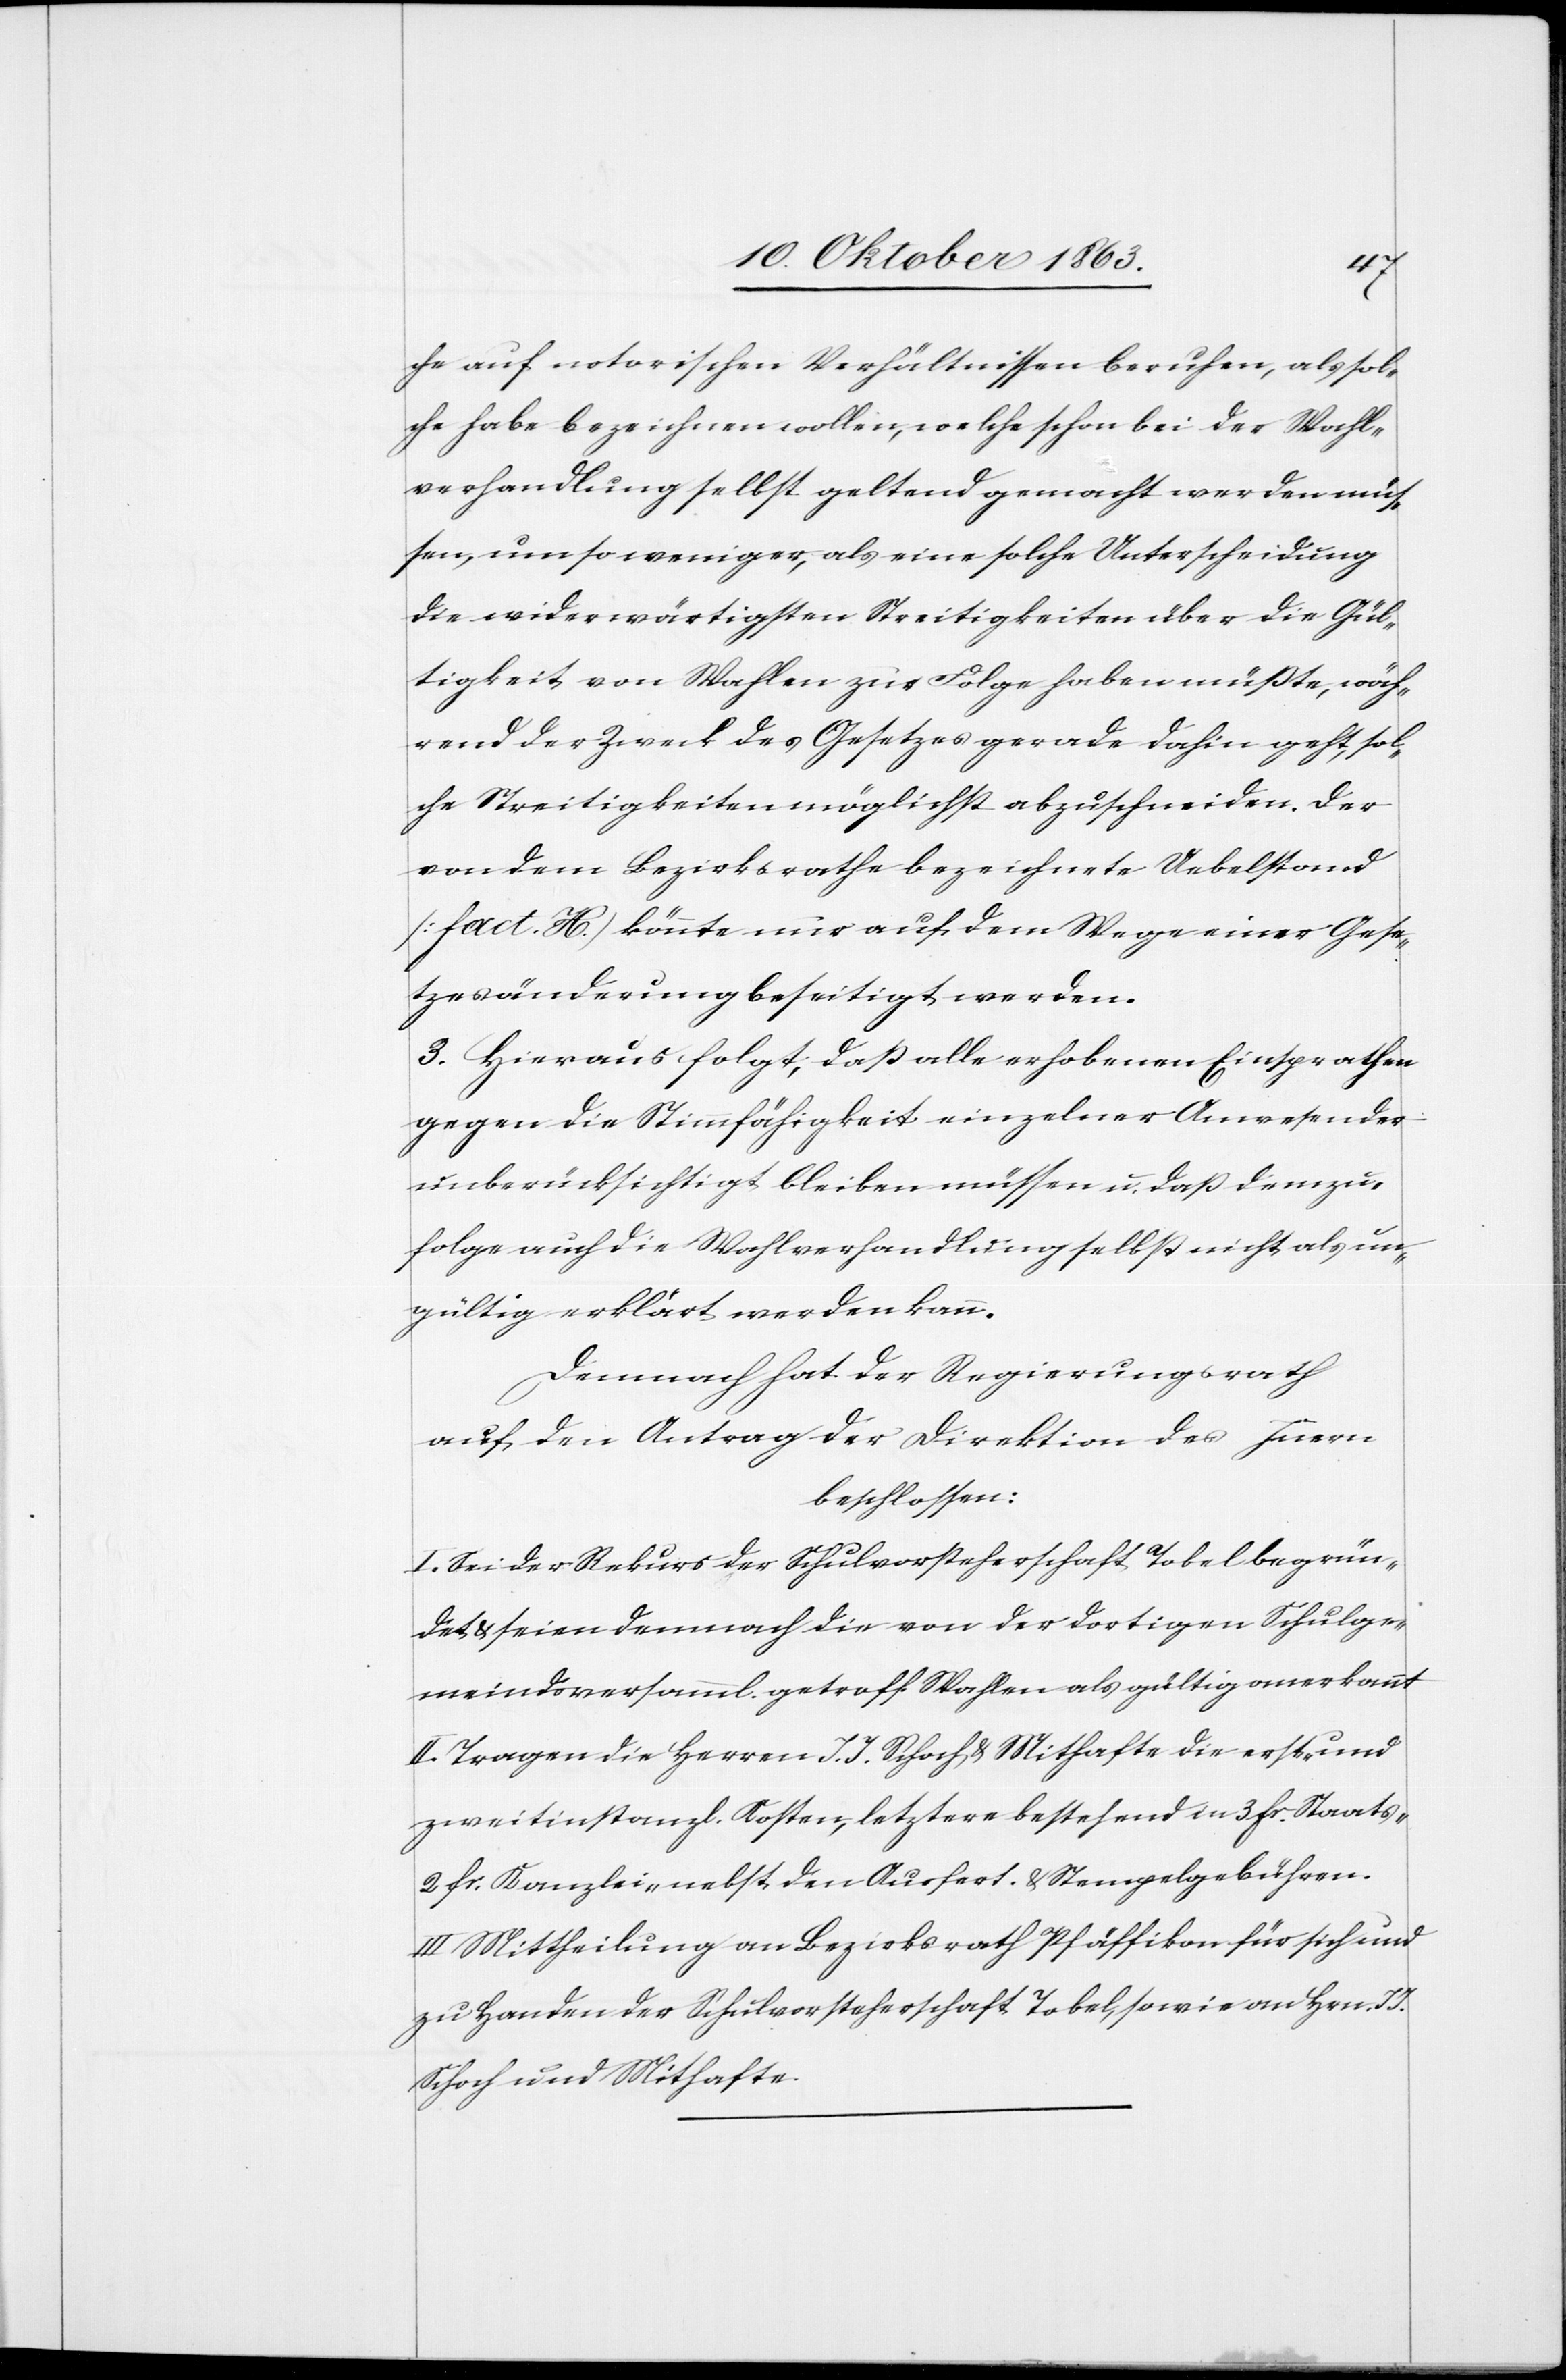
che auf notorischen Verhältnissen beruhen, als sol¬
che habe bezeichnen wollen, welche schon bei der Wahl¬
verhandlung selbst geltend gemacht werden müs¬
sen, um so weniger, als eine solche Unterscheidung
die widerwärtigsten Streitigkeiten über die Gül¬
tigkeit von Wahlen zur Folge haben müßte, wäh¬
rend der Zweck des Gesetzes gerade dahin geht, sol¬
che Streitigkeiten möglichst abzuschneiden. Der
von dem Bezirksrathe bezeichnete Uebelstand
[fact. H.] könnte nur auf dem Wege einer Gese¬
tzesänderung beseitigt werden.
3. Hieraus folgt; daß alle erhobenen Einsprachen
gegen die Stimmfähigkeit einzelner Anwesender
unberücksichtigt bleiben müssen u. daß demzu¬
folge auch die Wahlverhandlung selbst nicht als un¬
gültig erklärt werden kann.
Demnach hat der Regierungsrath
auf den Antrag der Direktion des Innern
beschlossen:
I. Sei der Rekurs der Schulvorsteherschaft Tobel begrün¬
det & seien demnach die von der dortigen Schulge¬
meindsversamml. getroff. Wahlen als gültig anerkannt
II. Tragen die Herren J. J. Schoch & Mithafte die erst- und
zweitinstanzl. Kosten, letztere bestehend in 3 fr. Staats-[,]
2 fr. Kanzlei- nebst den Ausfert.[-] & Stempelgebühren.
III. Mittheilung an Bezirksrath Pfäffikon für sich und
zu Handen der Schulvorsteherschaft Tobel, sowie an Hrn. J J.
Schoch und Mithafte.